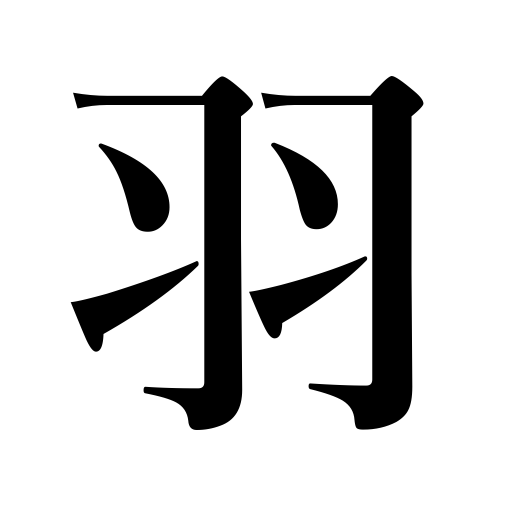
Meanings: plumage,wing,paddle,blade,fan,feather